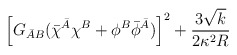
\begin{align*}\left[ G_{\bar AB} (\bar\chi^{\bar A}\chi^B +\phi^B \bar\phi^{\bar A})\right]^2 +\frac{3\sqrt{k}}{2\kappa^2 R}\end{align*}